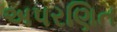
અપરણિત